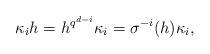
LaTeX: \begin{align*}\kappa_i h= h^{q^{d-i}}\kappa_i =\sigma^{-i}(h)\kappa_i, \end{align*}